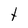
Character: t